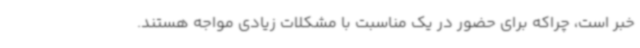
خبر است، چراکه برای حضور در یک مناسبت با مشکلات زیادی مواجه هستند.